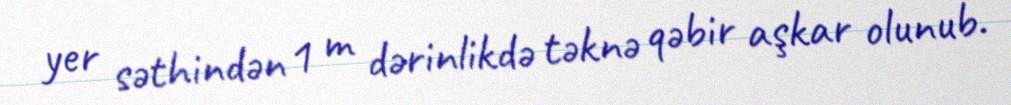
yer səthindən 1 m dərinlikdə təknə qəbir aşkar olunub.